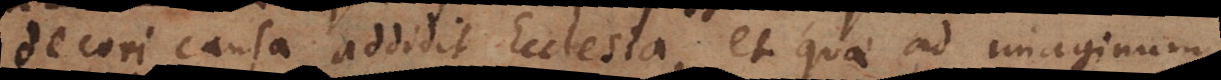
decori causa addidit Ecclesia, et quae ad imaginum